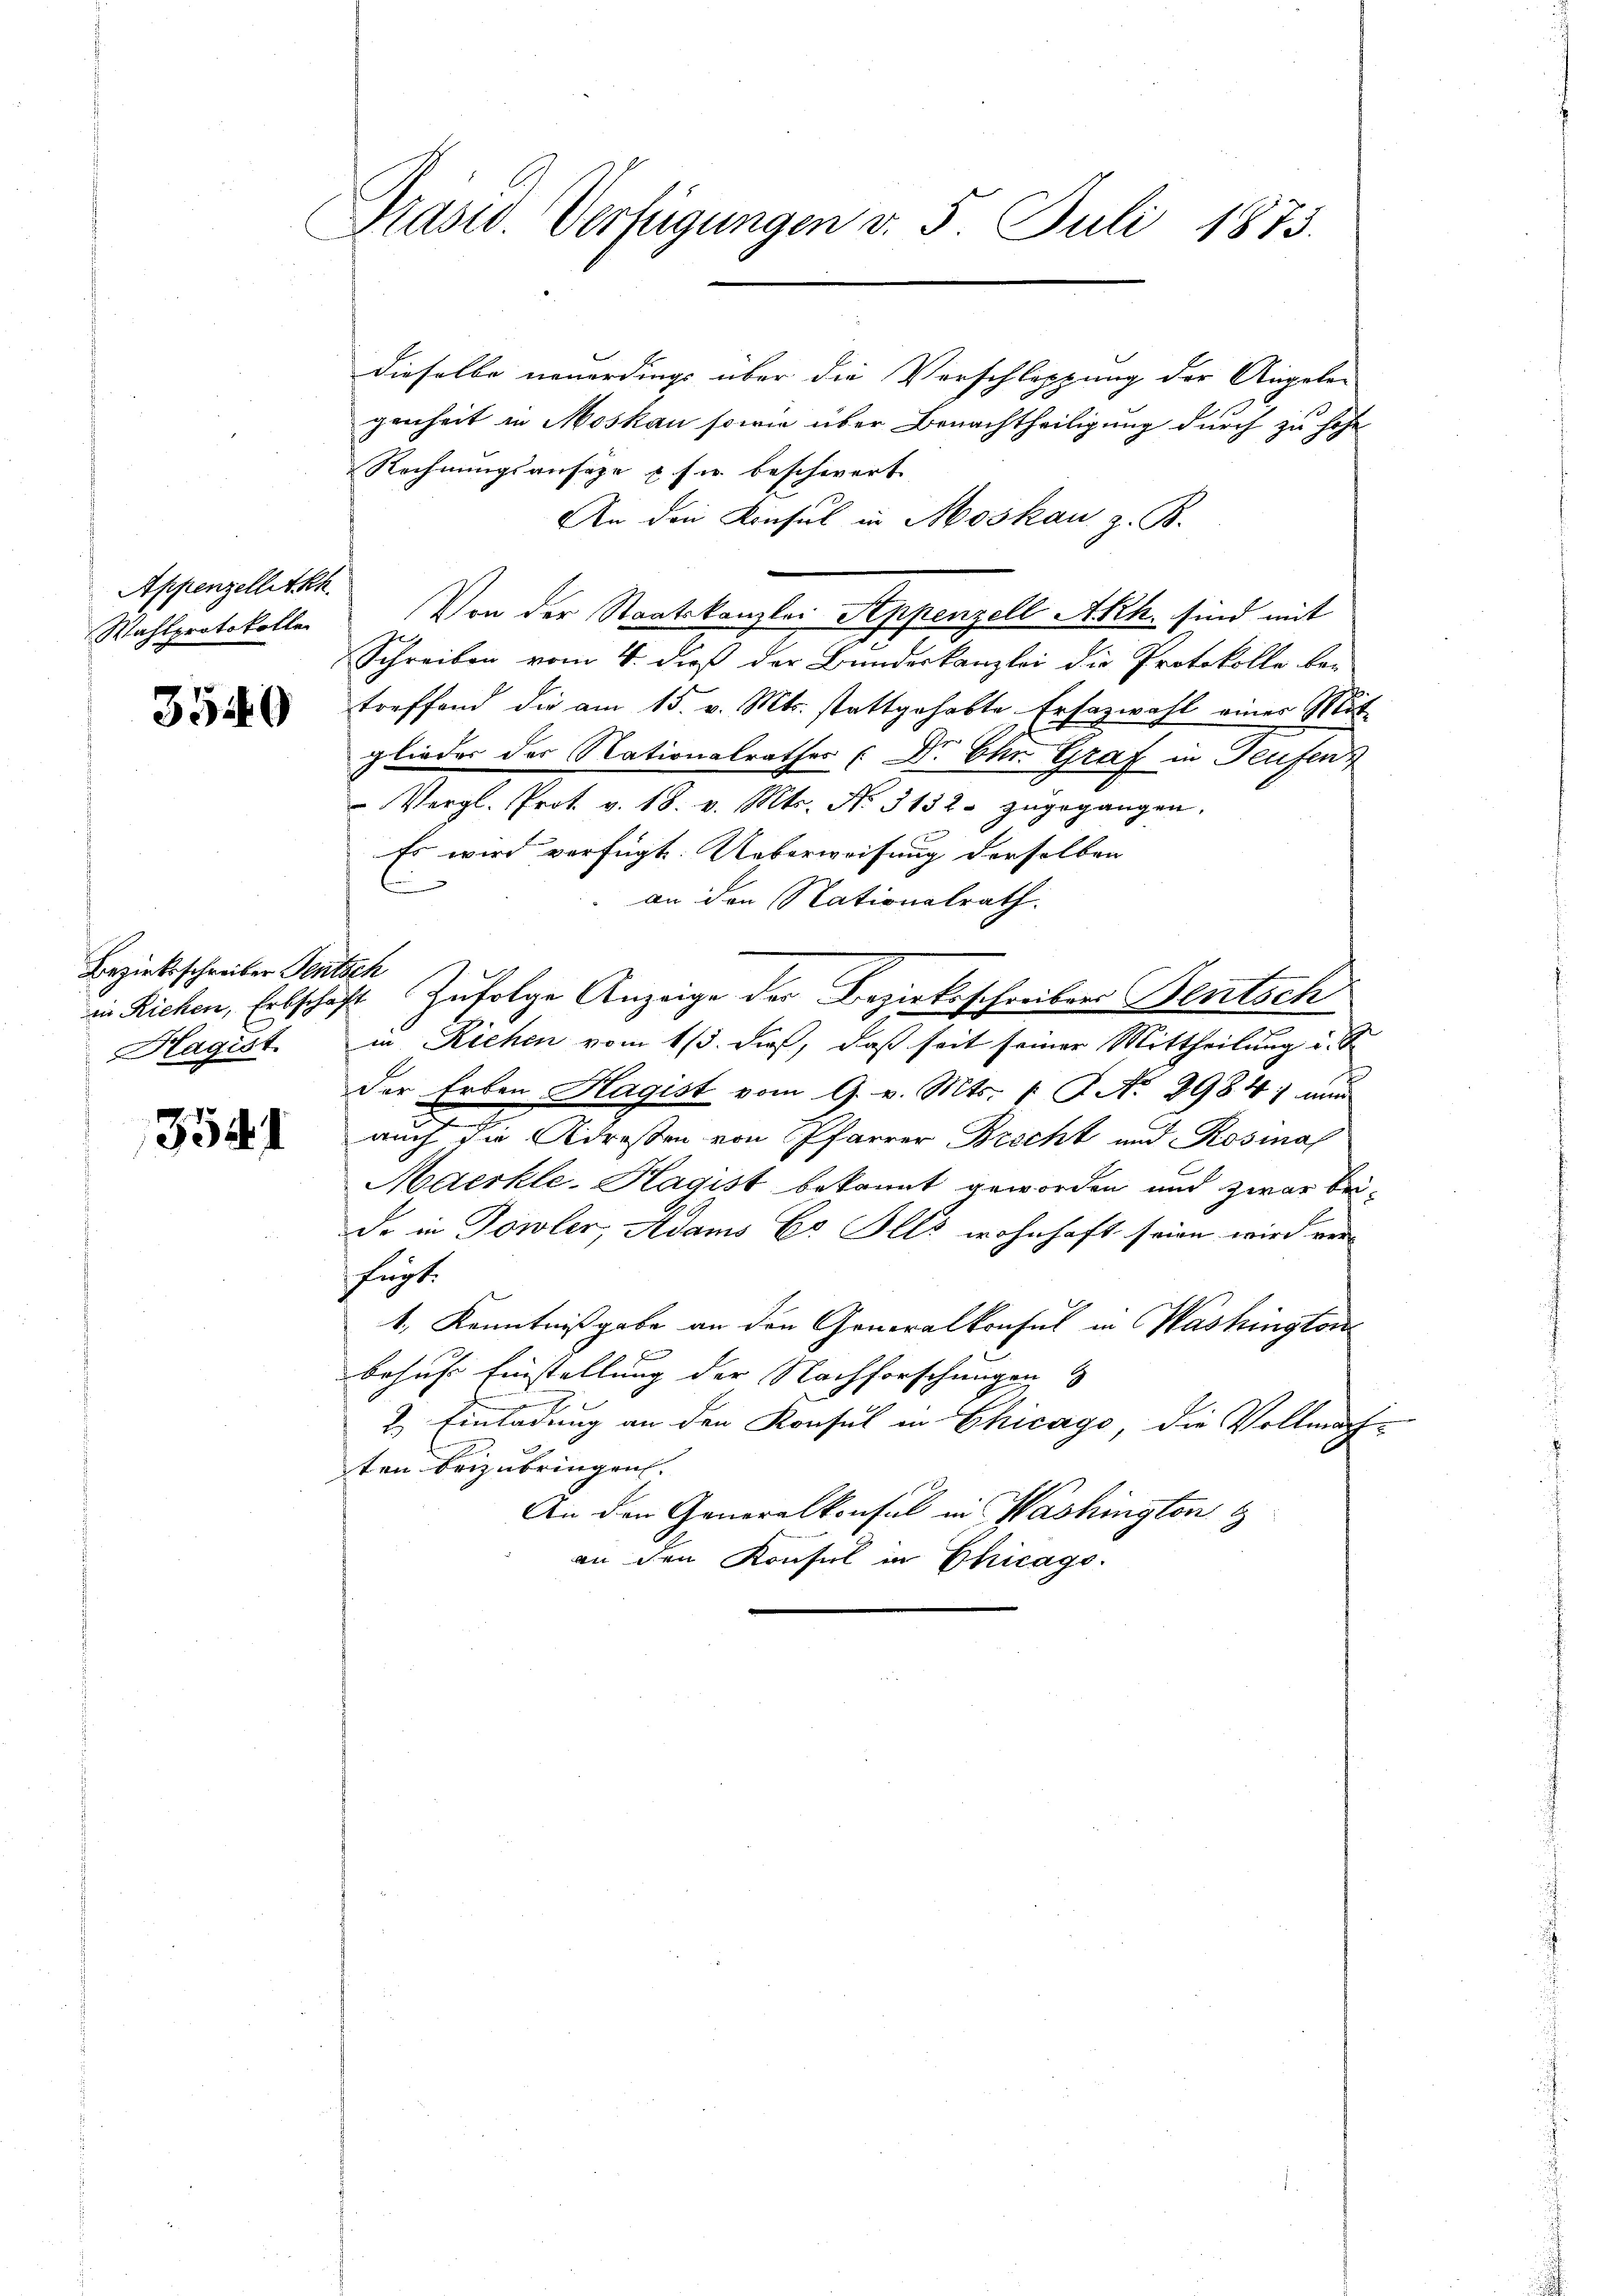
Appenzelletkh
Wahlprotokolle

3540

Bezirksschreiber Pentsch
Hagist

354

Prasw. Verfügungen v. 5. Juli 1873.

dieselbe neuerdings über die Verschleppung der Angele-
genheit in Moskau sowie über Benachtheiligung durch zu hohe
Rechnungsansage & sie beschwert
An den Konsul in Moskau z. B.
Von der Staatskanzler Appenzell Akh. sind mit
Schreiben vom 4. dieß der Bundeskanzlei die Protokolle betreffend die am 15. v. Mts. stattgehabte Erfazwahl einer Mit
glieder des Nationalrathes Dr. Ohn Graf in Teufen
Vergl. Prot. v. 18. v. Mts. N. 3132. zŭgegangen.
Es wird verfügt: Ueberweisung derselben
an den Nationalrath.
in Richen, Erbschäft zufolge Anzeige der Bezirksschreibens Bentsch
in Richen vom 13. dieß, daß seit seiner Mittheilung u. S
der Erben Hagist vom 9. v. Mts. (T. N. 2984; nur
auch die Adressen von Pfarrer Brecht und Rosmas
Maerkle-Hagist bekannt geworden und zwar bei-
de in Towler, Adams Cs Ills wohnhaft seien wird ver-
fügt.
1. Kenntnißgabe an den Generalkonsul in Washington
behufs Einstellung der Nachforschungen
2. Einladung an den Konsul in Chicago, die Vollmäch-
ten beizubringen.
An den Generalkonsul in Washington
an den Konsul in Chicags.